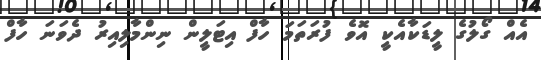
އެއް ގޯލުގެ ލީޑަކާއެކީ އޮވެ ފުރަތަމަ ހާފް އިޓަލީން ނިންމާލިއިރު ދެވަަނަ ހާފް